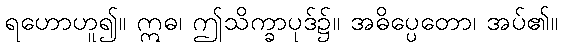
ရဟောဟူ၍။ ဣဓ၊ ဤသိက္ခာပုဒ်၌။ အဓိပ္ပေတော၊ အပ်၏။